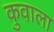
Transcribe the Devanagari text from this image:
कुवाला